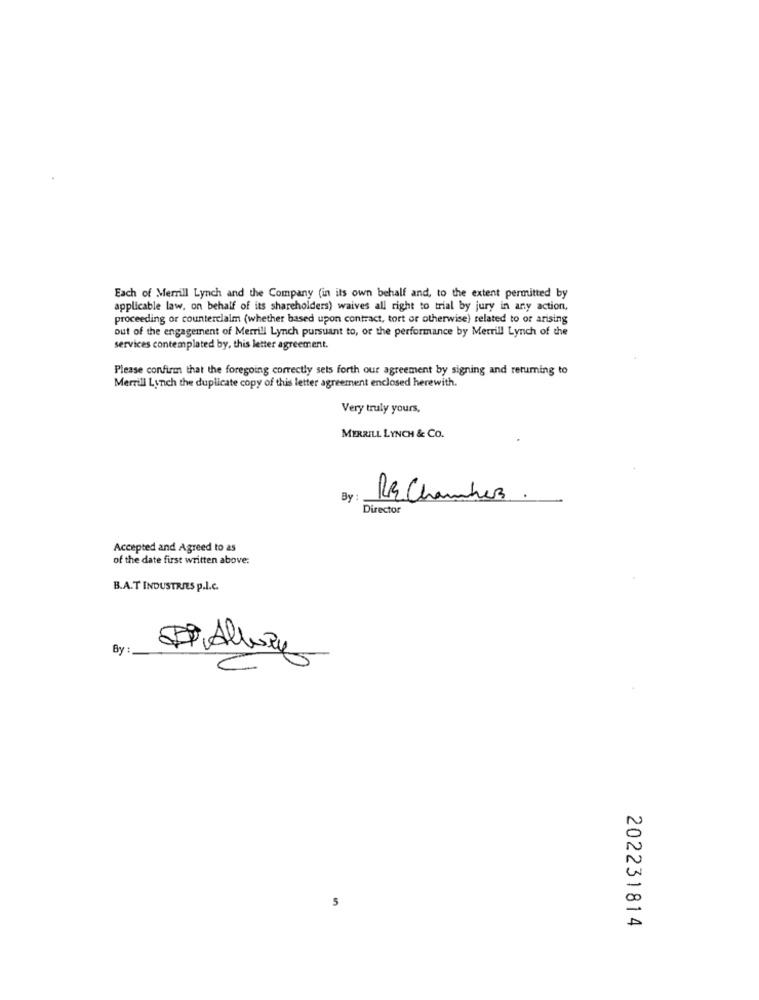
Each of Merrill Lynch and the Company (in its own behalf and, to the extent permitted by
applicable law, on behalf of its shareholders) waives all right to trial by jury in any action,
proceeding or counterclaim (whether based upon contract, tort or otherwise) related to or arising
out of the engagement of Merrill Lynch pursuant to, or the performance by Merrill Lynch of the
services contemplated by, this letter agreement.
Please confirm that the foregoing correctly sels forth our agreement by signing and returning to
Merrill Lynch the duplicate copy of this letter agreement enclosed herewith.
Very truly yours,
MERRILL LYNCH & CO.
By :
Re Chambres
Director
Accepted and Agreed to as
of the date first written above:
B.A.T INDUSTRIES p.I.C.
By
C
5
202231814